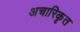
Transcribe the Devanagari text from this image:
अचारिकृत